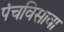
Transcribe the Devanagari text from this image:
पंचविसावा